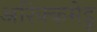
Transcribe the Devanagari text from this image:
अरिक्कमेडू